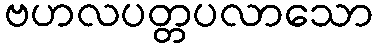
ဗဟလပတ္တပလာသော